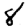
Digit: 8